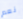
نعم